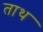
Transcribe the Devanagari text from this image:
ताथ